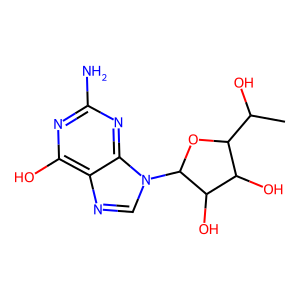
SMILES: CC(O)C1OC(n2cnc3c(O)nc(N)nc32)C(O)C1O
Inhibits HIV replication: No